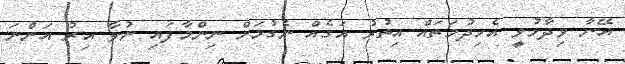
އޭނާ ވިދާޅުވީ އެހިދުމަތައް އިތުރު އަގެއް ނެގުމަށް ނިންމާފައި ނުވާ އިރު އަންނަ